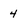
Character: 4